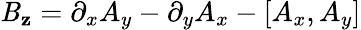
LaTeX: \mathit{B}_{\mathbf{z}}=\partial_{x}A_{y}-\partial_{y}A_{x}-[A_{x},A_{y}]